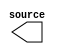

module issp_sel_data (
	source);	

	output	[0:0]	source;
endmodule